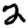
Digit: 2